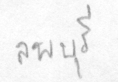
ลพบุรี